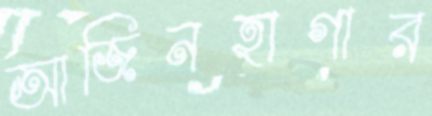
আজিনহাগার